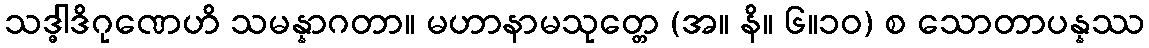
သဒ္ဓါဒိဂုဏေဟိ သမန္နာဂတာ။ မဟာနာမသုတ္တေ (အ။ နိ။ ၆။၁၀) စ သောတာပန္နဿ